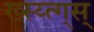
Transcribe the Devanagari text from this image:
ख्स्य्त्ग्स्